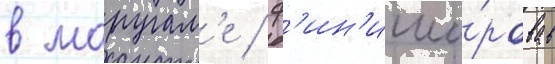
в маругам'е / ф'ин'иши́ровав